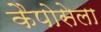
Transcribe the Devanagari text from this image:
कैपोसेला